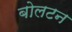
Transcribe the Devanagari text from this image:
बोलटन